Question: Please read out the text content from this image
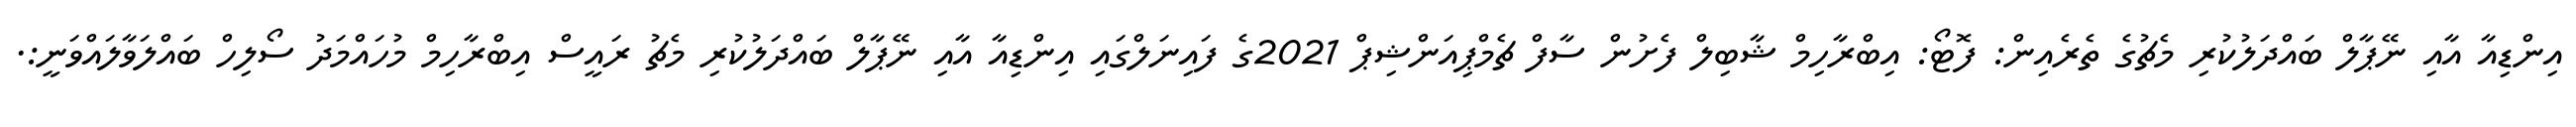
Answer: އިންޑިއާ އާއި ނޭޕާލް ބައްދަލުކުރި މެޗުގެ ތެރެއިން: ފޮޓޯ: އިބްރާހިމް ޝާބިލް ފެށުން ސާފް ޗެމްޕިއަންޝިޕް 2021ގެ ފައިނަލްގައި އިންޑިއާ އާއި ނޭޕާލް ބައްދަލުކުރި މެޗު ރައީސް އިބްރާހިމް މުހައްމަދު ސޯލިހް ބައްލަވާލައްވަނީ:.